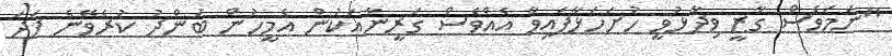
"ނަމަވެސް ގާޒީ ވިދާޅުވީ ހުށަހަޅާފައިވާ އެއްވެސް ގަރީނާއަކުން އެމީހުން ބަންދު ކުރެވޭނެ ފަދަ